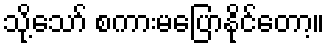
သို့သော် စကားမပြောနိုင်တော့။